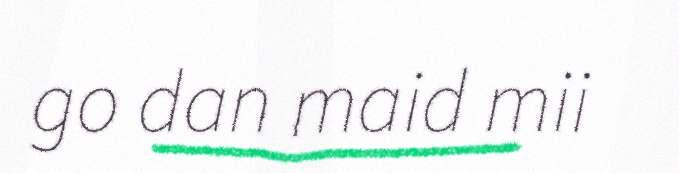
go dan maid mii